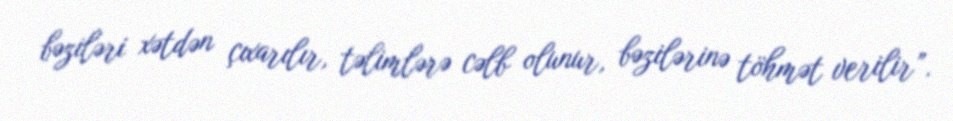
bəziləri xətdən çıxarılır, təlimlərə cəlb olunur, bəzilərinə töhmət verilir”.